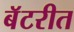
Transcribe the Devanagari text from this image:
बॅटरीत